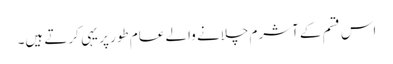
اس قسم کے آشرم چلانے والے عام طور پر یہی کرتے ہیں۔